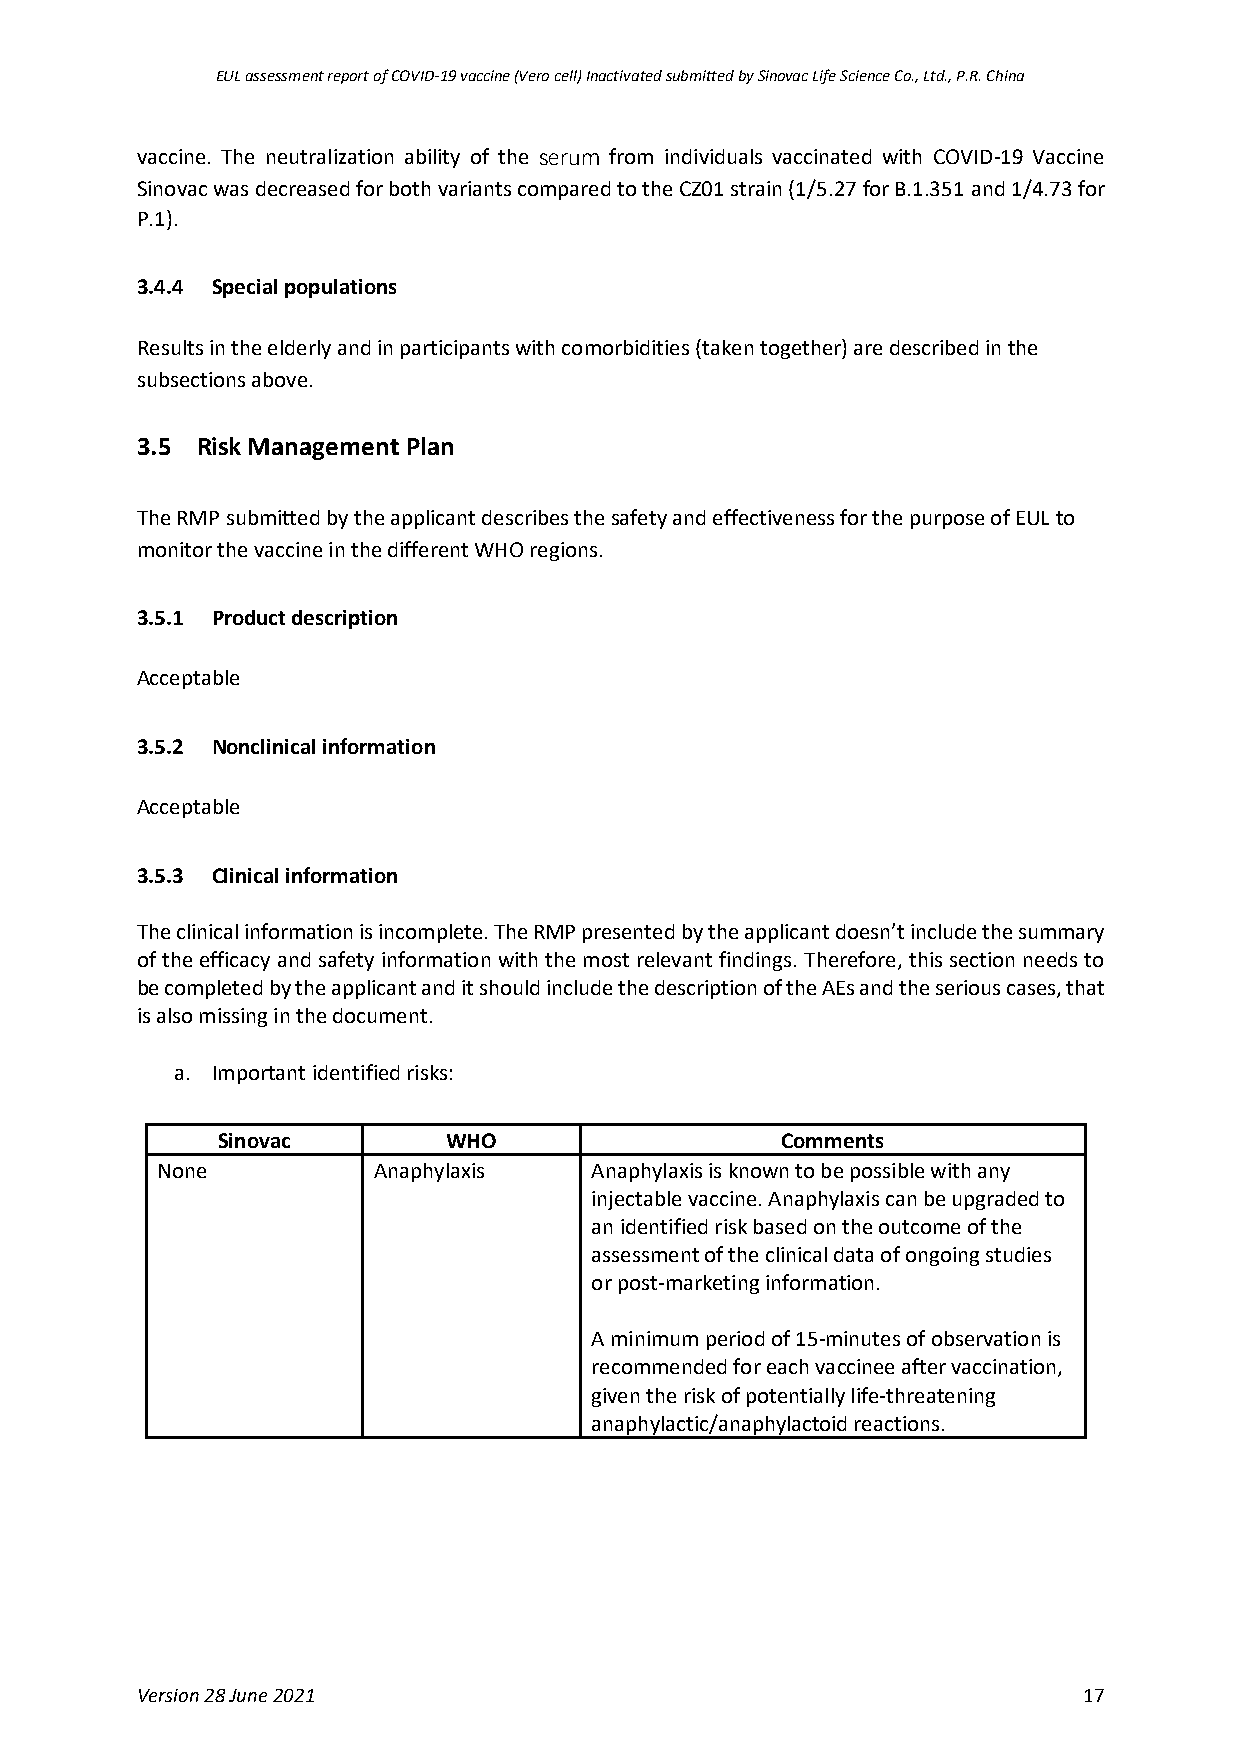
EUL assessment report of COVID-19 vaccine (Vero cell) Inactivated submitted by Sinovac Life Science Co., Ltd., P.R. China
 vaccine. The neutralization ability of the serum from individuals vaccinated with COVID-19 Vaccine
 Sinovac was decreased for both variants compared to the CZ01 strain (1/5.27 for B.1.351 and 1/4.73 for
 P.1).
 3.4.4 Special populations
 Results in the elderly and in participants with comorbidities (taken together) are described in the
 subsections above.
 3.5 Risk Management Plan
 The RMP submitted by the applicant describes the safety and effectiveness for the purpose of EUL to
 monitor the vaccine in the different WHO regions.
 3.5.1 Product description
 Acceptable
 3.5.2 Nonclinical information
 Acceptable
 3.5.3 Clinical information
 The clinical information is incomplete. The RMP presented by the applicant doesn’t include the summary
 of the efficacy and safety information with the most relevant findings. Therefore, this section needs to
 be completed by the applicant and it should include the description of the AEs and the serious cases, that
 is also missing in the document.
 a. Important identified risks:
 Sinovac         WHO                   Comments
 None           Anaphylaxis   Anaphylaxis is known to be possible with any
 injectable vaccine. Anaphylaxis can be upgraded to
 an identified risk based on the outcome of the
 assessment of the clinical data of ongoing studies
 or post-marketing information.
 A minimum period of 15-minutes of observation is
 recommended for each vaccinee after vaccination,
 given the risk of potentially life-threatening
 anaphylactic/anaphylactoid reactions.
 Version 28 June 2021                                           17